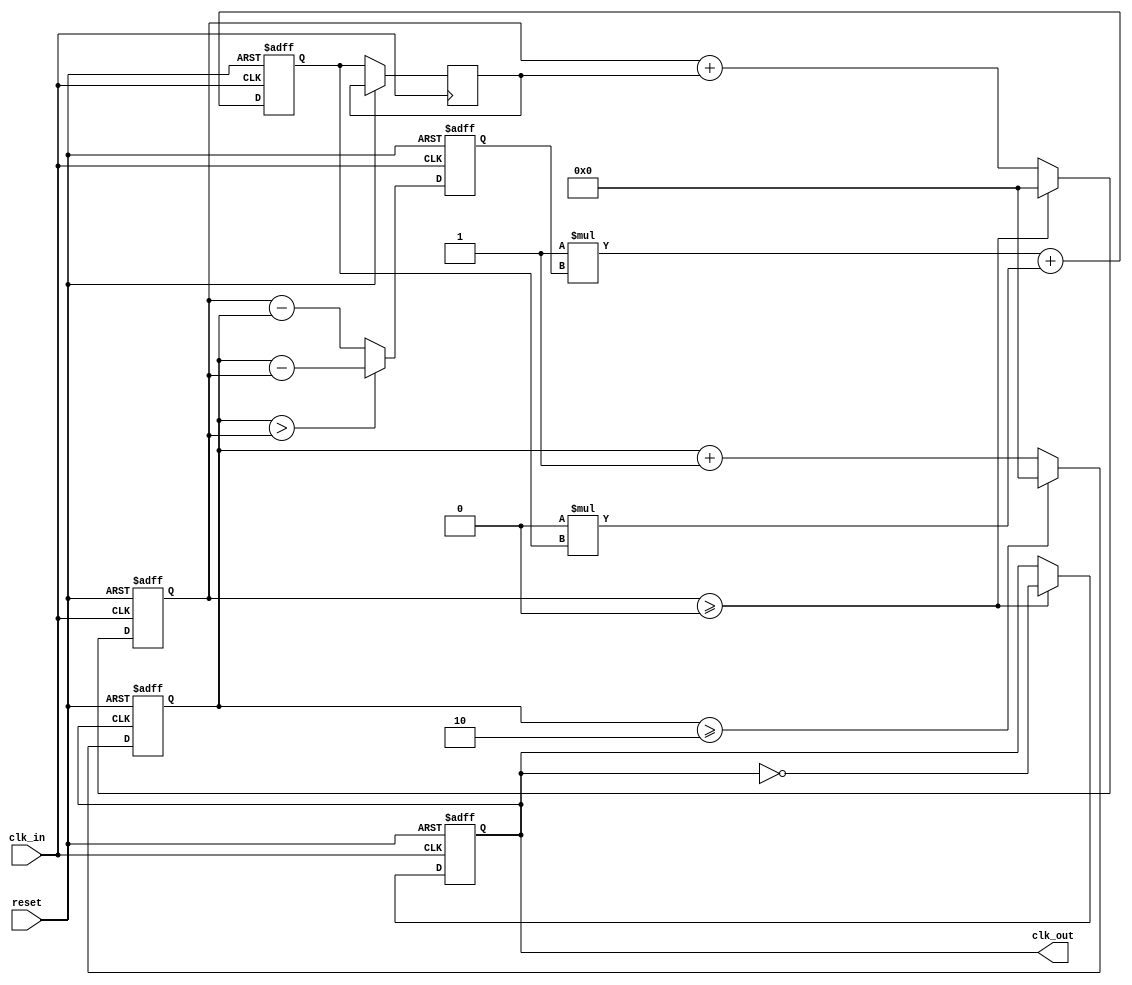
module parameterized_PLL #(
    parameter INPUT_FREQ = 50_000_000, // Input frequency in Hz
    parameter OUTPUT_FREQ = 100_000_000, // Desired output frequency in Hz
    parameter DIV_FACTOR = OUTPUT_FREQ / INPUT_FREQ, // Division factor
    parameter LOOP_BANDWIDTH = 1 // Loop bandwidth (tuning parameter)
)(
    input wire clk_in, // Input clock signal
    input wire reset, // Reset signal
    output reg clk_out // Output clock signal
);

    // Internal signals
    reg [31:0] phase_error; // Phase error signal
    reg [31:0] control_voltage; // Control voltage for VCO
    reg [31:0] vco_count; // VCO counter
    reg [31:0] feedback_count; // Feedback counter
    reg [31:0] lpf_output; // LPF output

    // Phase Detector (PD)
    always @(posedge clk_in or posedge reset) begin
        if (reset) begin
            phase_error <= 0;
        end else begin
            // Simple phase detection logic (could be more complex)
            phase_error <= (feedback_count > vco_count) ? (feedback_count - vco_count) : (vco_count - feedback_count);
        end
    end

    // Low Pass Filter (LPF)
    always @(posedge clk_in or posedge reset) begin
        if (reset) begin
            lpf_output <= 0;
        end else begin
            // Simple LPF implementation (could be more complex)
            lpf_output <= (LOOP_BANDWIDTH * phase_error + (1 - LOOP_BANDWIDTH) * lpf_output);
            control_voltage <= lpf_output; // Update control voltage
        end
    end

    // Voltage-Controlled Oscillator (VCO)
    always @(posedge clk_in or posedge reset) begin
        if (reset) begin
            vco_count <= 0;
            clk_out <= 0;
        end else begin
            // VCO frequency control based on control voltage
            if (vco_count >= (INPUT_FREQ / OUTPUT_FREQ)) begin
                clk_out <= ~clk_out; // Toggle output clock
                vco_count <= 0; // Reset VCO counter
            end else begin
                vco_count <= vco_count + control_voltage; // Increment VCO count based on control voltage
            end
        end
    end

    // Frequency Divider
    always @(posedge clk_out or posedge reset) begin
        if (reset) begin
            feedback_count <= 0;
        end else begin
            feedback_count <= feedback_count + 1;
            if (feedback_count >= DIV_FACTOR) begin
                feedback_count <= 0; // Reset feedback counter
            end
        end
    end

endmodule